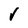
Character: v